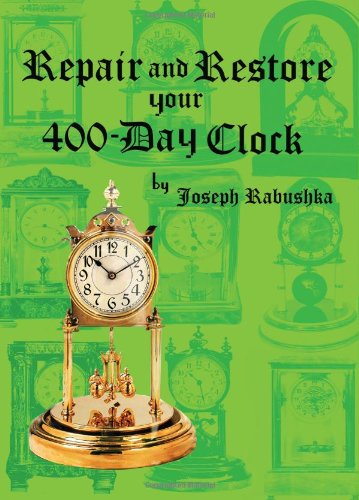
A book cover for Repair and Restore Your 400-Day Clock; Joseph Rabushka; Crafts, Hobbies & Home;